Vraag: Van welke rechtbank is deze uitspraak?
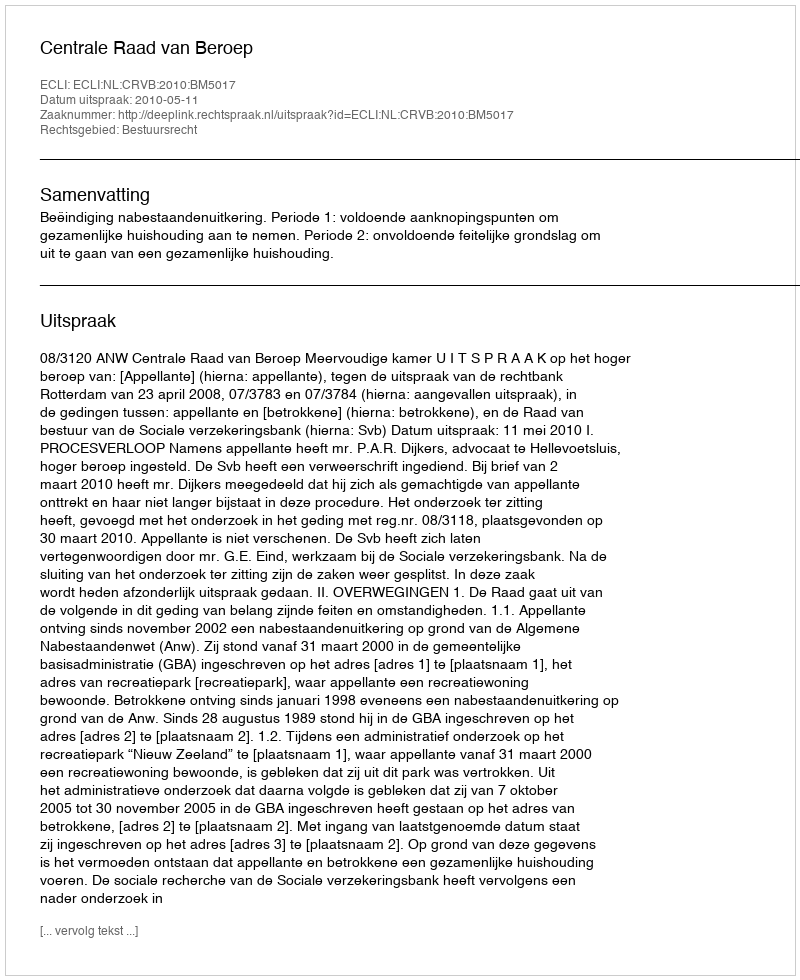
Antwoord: Centrale Raad van Beroep